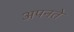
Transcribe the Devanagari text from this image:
अपनते